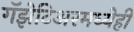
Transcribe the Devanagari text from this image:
गॅझेटिअरमध्येही